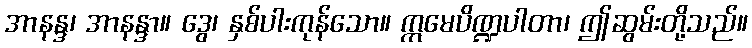
အာနန္ဒ၊ အာနန္ဒာ။ ဒွေ၊ နှစ်ပါးကုန်သော။ ဣမေပိဏ္ဍပါတာ၊ ဤဆွမ်းတို့သည်။